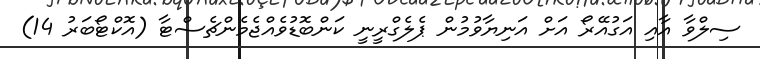
ސިލްވާ އާއި އަގުއޭރޯ އަށް އަނިޔާވުމުން ޕެލެގްރީނީ ކަންބޮޑުވެއްޖެމެންޗެސްޓާ (އޮކްޓޯބަރު 14)